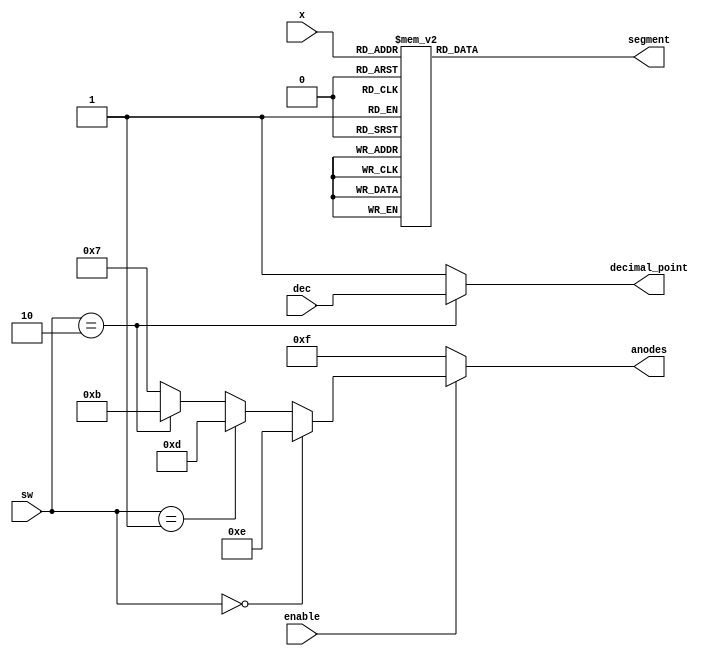
`timescale 1ns / 1ps

module SegmentDisplay(input[3:0] x, input[1:0] sw, input dec, input enable, output reg[0:6] segment, output reg[3:0] anodes, output reg decimal_point);  
    
    always @ (x, sw, enable, dec) 
    begin
        if (sw == 2'b10) decimal_point = dec;
        else decimal_point = 1;
    
        if(!enable) anodes = 4'b1111;
        else if (sw == 2'b00) anodes = 4'b1110;
        else if (sw == 2'b01) anodes = 4'b1101;
        else if (sw == 2'b10) anodes = 4'b1011;
        else anodes = 4'b0111;
    
        case(x)
            0: segment = 7'b0000001;
            1: segment = 7'b1001111;
            2: segment = 7'b0010010;
            3: segment = 7'b0000110;
            4: segment = 7'b1001100;
            5: segment = 7'b0100100;
            6: segment = 7'b0100000;
            7: segment = 7'b0001111;
            8: segment = 7'b0000000;
            9: segment = 7'b0000100;
            default: segment = 7'b0110000;  
        endcase
    end

endmodule